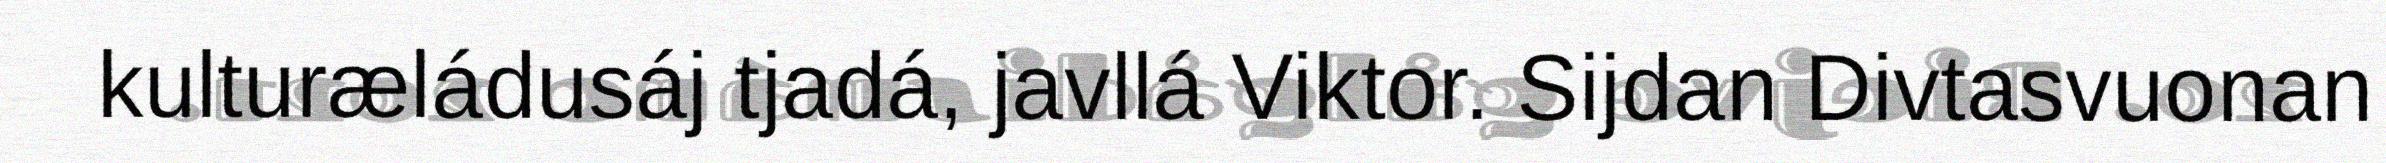
kulturæládusáj tjadá, javllá Viktor. Sijdan Divtasvuonan